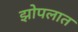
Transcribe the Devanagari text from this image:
झोपलात